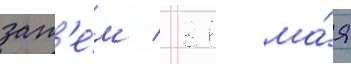
зат'е́м / 31 ма́я